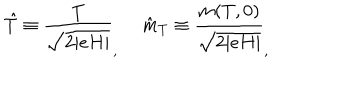
LaTeX: \hat { T } \equiv \frac { T } { \sqrt { 2 \vert e H \vert } } _ { , } ~ ~ \hat { m } _ { T } \equiv \frac { m ( T , 0 ) } { \sqrt { 2 \vert e H \vert } } _ { , }